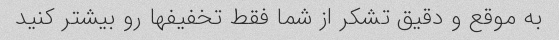
به موقع و دقیق تشکر از شما فقط تخفیفها رو بیشتر کنید